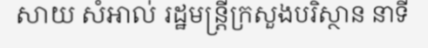
សាយ សំអាល់ រដ្ឋមន្ត្រីក្រសួងបរិស្ថាន នាទី